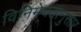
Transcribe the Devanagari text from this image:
विनिमेयतानुसार